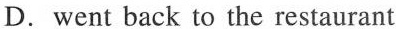
D.went back to the restauran